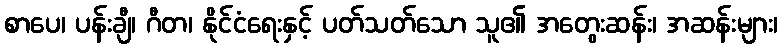
စာပေ၊ ပန်းချီ၊ ဂီတ၊ နိုင်ငံရေးနှင့် ပတ်သတ်သော သူ၏ အတွေးဆန်း၊ အဆန်းများ၊